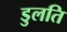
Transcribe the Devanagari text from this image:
डुलति